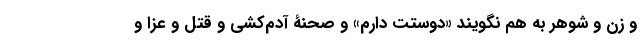
و زن و شوهر به هم نگویند «دوستت دارم» و صحنۀ آدم‌کشی و قتل و عزا و